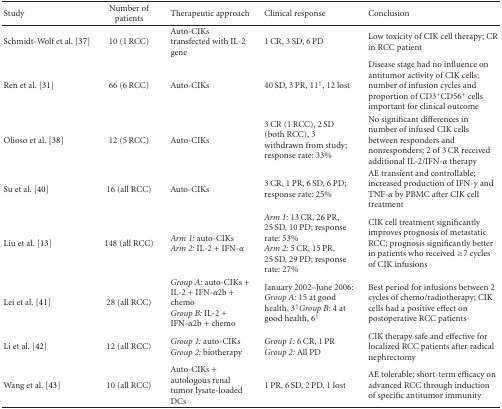
| Study | Number of patients | Therapeutic approach | Clinical response | Conclusion |
 | --- | --- | --- | --- | --- |
 | Schmidt-Wolf et al. [37] | 10 (1 RCC) | Auto-CIKs transfected with IL-2 gene | 1 CR, 3 SD, 6 PD | Low toxicity of CIK cell therapy; CR in RCC patient |
 | Ren et al. [31] | 66 (6 RCC) | Auto-CIKs | 40 SD, 3 PR, 11†, 12 lost | Disease stage had no influence on antitumor activity of CIK cells; number of infusion cycles and proportion of CD3+CD56+ cells important for clinical outcome |
 | Olioso et al. [38] | 12 (5 RCC) | Auto-CIKs | 3 CR (1 RCC), 2 SD (both RCC), 3 withdrawn from study; response rate: 33% | No significant differences in number of infused CIK cells between responders and nonresponders; 2 of 3 CR received additional IL-2/IFN-α therapy |
 | Su et al. [40] | 16 (all RCC) | Auto-CIKs | 3 CR, 1 PR, 6 SD, 6 PD; response rate: 25% | AE transient and controllable; increased production of IFN-γ and TNF-α by PBMC after CIK cell treatment |
 | Liu et al. [13] | 148 (all RCC) | Arm 1: auto-CIKsArm 2: IL-2 + IFN-α | Arm 1: 13 CR, 26 PR, 25 SD, 10 PD; response rate: 53%Arm 2: 5 CR, 15 PR, 25 SD, 29 PD; response rate: 27% | CIK cell treatment significantly improves prognosis of metastatic RCC; prognosis significantly better in patients who received ≥7 cycles of CIK infusions |
 | Lei et al. [41] | 28 (all RCC) | Group A: auto-CIKs + IL-2 + IFN-α2b + chemoGroup B: IL-2 + IFN-α2b + chemo | January 2002–June 2006:Group A: 15 at good health, 3†Group B: 4 at good health, 6† | Best period for infusions between 2 cycles of chemo/radiotherapy; CIK cells had a positive effect on postoperative RCC patients |
 | Li et al. [42] | 12 (all RCC) | Group 1: auto-CIKsGroup 2: biotherapy | Group 1: 6 CR, 1 PRGroup 2: All PD | CIK therapy safe and effective for localized RCC patients after radical nephrectomy |
 | Wang et al. [43] | 10 (all RCC) | Auto-CIKs + autologous renal tumor lysate-loaded DCs | 1 PR, 6 SD, 2 PD, 1 lost | AE tolerable; short-term efficacy on advanced RCC through induction of specific antitumor immunity |